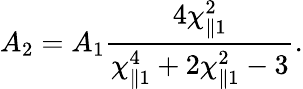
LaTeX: A_{2}=A_{1}\frac{4\chi_{\parallel 1}^{2}}{\chi_{\parallel 1}^{4}+2\chi_{\parallel 1}^{2}-3}.